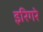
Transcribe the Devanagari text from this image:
इरिगरे